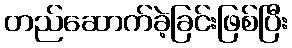
တည်ဆောက်ခဲ့ခြင်းဖြစ်ပြီး